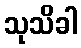
သုသိခါ